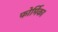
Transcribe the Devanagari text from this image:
फोर्मिका